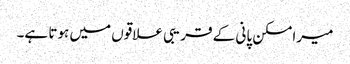
میرا مسکن پانی کے قریبی علاقوں میں ہوتا ہے۔